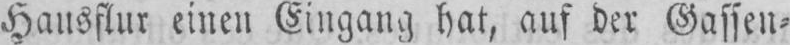
Hausflur einen Eingang hat, auf der Gassen⸗